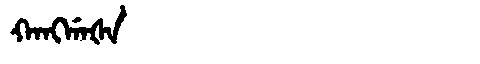
Manchu: ᡴᠠᠩᡤᠠᡧᠠ
Romanization: KANGGAŠA